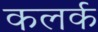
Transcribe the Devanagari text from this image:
कलर्क